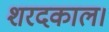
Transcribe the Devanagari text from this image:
शरदकाल।